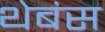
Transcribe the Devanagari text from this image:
थेबंस